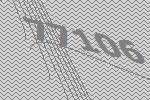
77106